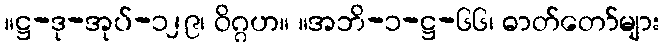
။ဋ္ဌ-ဒု-အုပ်-၁၂၉၊ ဝိဂ္ဂဟ။ ။အဘိ-၁-ဋ္ဌ-၆၆၊ ဓာတ်တော်များ